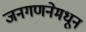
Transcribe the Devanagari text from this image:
जनगणनेमधून